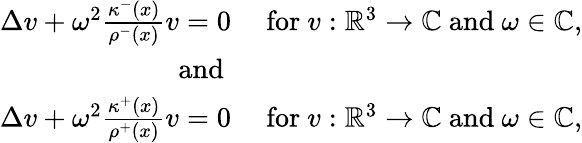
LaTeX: \begin{array}{rl}{\Delta v+\omega^{2}\frac{\kappa^{-}(x)}{\rho^{-}(x)}v=0}&{\mathrm{~for~}v:\mathbb{R}^{3}\rightarrow\mathbb{C}\mathrm{~and~}\omega\in\mathbb{C},}\\ {\mathrm{~and~}}\\ {\Delta v+\omega^{2}\frac{\kappa^{+}(x)}{\rho^{+}(x)}v=0}&{\mathrm{~for~}v:\mathbb{R}^{3}\rightarrow\mathbb{C}\mathrm{~and~}\omega\in\mathbb{C},}\end{array}